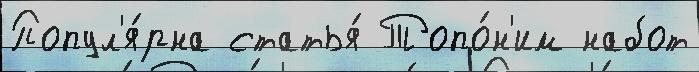
Попул'я́рна статья́ Топо́н'им набот